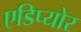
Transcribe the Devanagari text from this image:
एडिप्योर